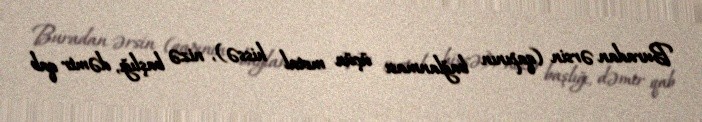
Buradan ərsin (qapının bağlanması üçün metal hissə), nizə başlığı, dəmir qab